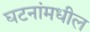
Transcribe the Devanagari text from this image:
घटनांमधील